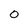
Character: 0